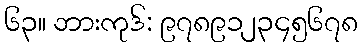
၆၃။ ဘားကုဒ်: ၉၇၈၉၁၂၃၄၅၆၇၈